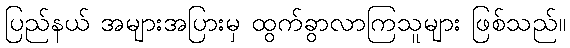
ပြည်နယ် အများအပြားမှ ထွက်ခွာလာကြသူများ ဖြစ်သည်။